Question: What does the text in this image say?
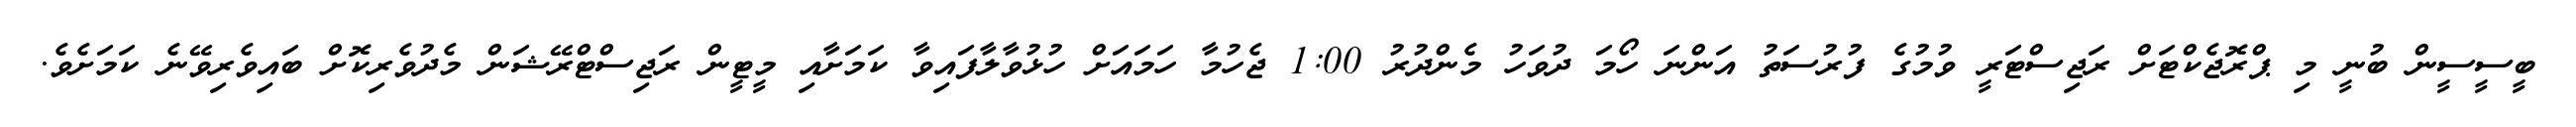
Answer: ބީސީސީން ބުނީ މި ޕްރޮޖެކްޓަށް ރަޖިސްޓަރީ ވުމުގެ ފުރުސަތު އަންނަ ހޯމަ ދުވަހު މެންދުރު 1:00 ޖެހުމާ ހަމައަށް ހުޅުވާލާފައިވާ ކަމަށާއި މީޓީން ރަޖިސްޓްރޭޝަން މެދުވެރިކޮށް ބައިވެރިވޭނެ ކަމަށެވެ.